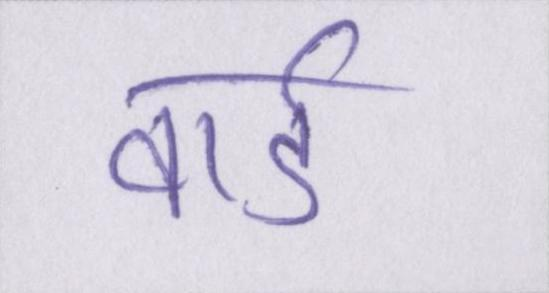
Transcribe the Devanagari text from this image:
वार्ड